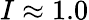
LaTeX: I\approx 1.0